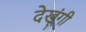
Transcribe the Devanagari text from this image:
देखूंगी